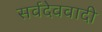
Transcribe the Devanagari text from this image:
सर्वदेववादी